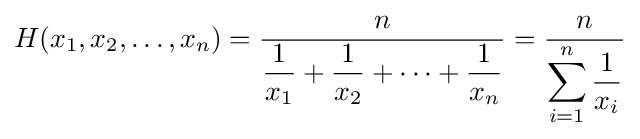
H(x_{1},x_{2},\ldots ,x_{n})={\frac {n}{\displaystyle {\frac {1}{x_{1}}}+{\frac {1}{x_{2}}}+\cdots +{\frac {1}{x_{n}}}}}={\frac {n}{\displaystyle \sum _{i=1}^{n}{\frac {1}{x_{i}}}}}